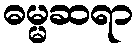
ဓမ္မဆရာ